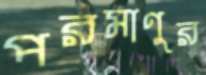
পরমাণুর